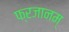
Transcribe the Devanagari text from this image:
फ्रजानम्